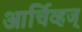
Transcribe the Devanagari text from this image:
आर्चिव्हज्